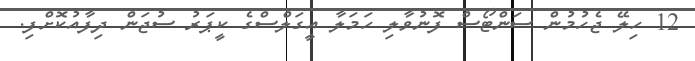
12 ހިލޭ ޖެހުމުން ސަންޓޯސް ފޮނުވާލި ހަމަލާ އީގަލްސްގެ ކީޕަރު ސުޖަން ދިފާއުކޮށްފި.